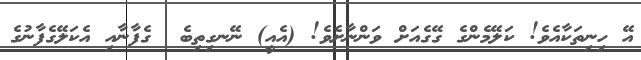
އޭ ހިނިތަކާއެވެ! ކަލޭމެންގެ ގޭގެއަށް ވަންނާށެވެ! (އެއީ) ނޭނގިތިބެ  ގެފާނާއި އެކަލޭގެފާނުގެ